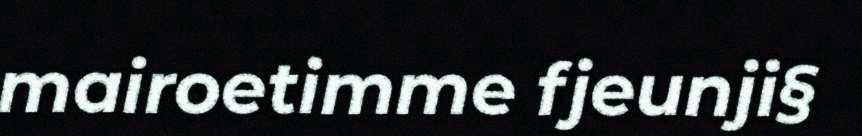
mairoetimme fjeunji§